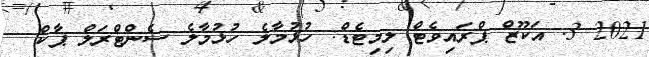
2021 3. އަކޫޒް ޕްރައިވެޓް ލިމިޓެޑް: ހުޅުމާލެ ހުޅުމާލެ ސެންޓްރަލް ޕާކް